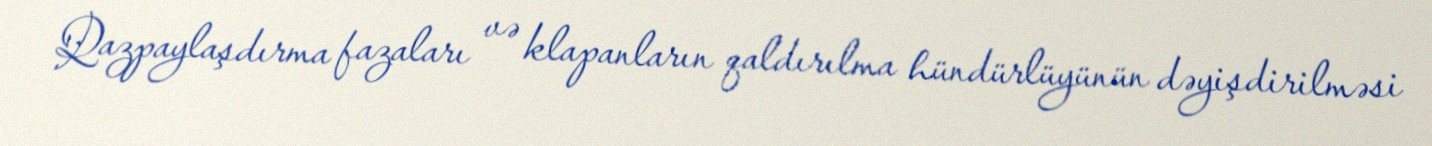
Qazpaylaşdırma fazaları və klapanların qaldırılma hündürlüyünün dəyişdirilməsi